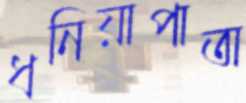
ধনিয়াপাতা